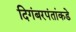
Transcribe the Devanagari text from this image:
दिगंबरपंतांकडे